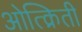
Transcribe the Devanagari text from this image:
ओत्क्रिती